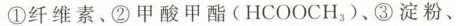
①纤维素、②甲酸甲酯(HCOOCH_{3})、③淀粉、